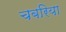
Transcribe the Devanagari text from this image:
चबरिया